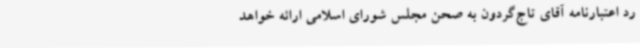
رد اعتبارنامه آقای تاج‌گردون به صحن مجلس شورای اسلامی ارائه خواهد